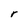
Character: r